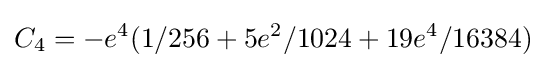
C_{4}=-e^{4}(1/256+5e^{2}/1024+19e^{4}/16384)